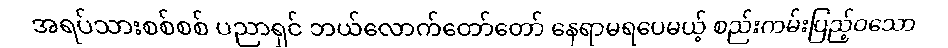
အရပ်သားစစ်စစ် ပညာရှင် ဘယ်လောက်တော်တော် နေရာမရပေမယ့် စည်းကမ်းပြည့်ဝသော